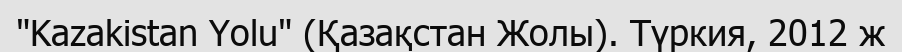
"Kazakistan Yolu" (Қазақстан Жолы). Түркия, 2012 ж